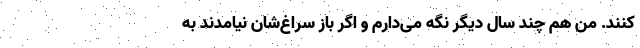
کنند. من هم چند سال دیگر نگه می‌دارم و اگر باز سراغ‌شان نیامدند به